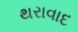
થરાવાદ